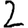
Digit: 2